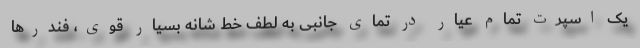
یک اسپرت تمام عیار در تمای جانبی به لطف خط شانه بسیار قوی، فندرها